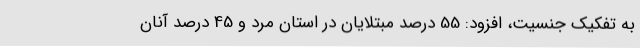
به تفکیک جنسیت، افزود: 55 درصد مبتلایان در استان مرد و 45 درصد آنان